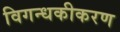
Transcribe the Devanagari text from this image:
विगन्धकीकरण